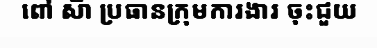
ពៅ ស៊ា ប្រធានក្រុមការងារ ចុះជួយ